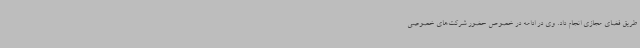
طریق فضای مجازی انجام داد. وی در ادامه در خصوص حضور شرکت‌های خصوصی